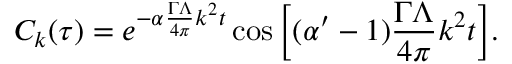
C _ { k } ( \tau ) = e ^ { - \alpha \frac { \Gamma \Lambda } { 4 \pi } k ^ { 2 } t } \cos { \left[ ( \alpha ^ { \prime } - 1 ) \frac { \Gamma \Lambda } { 4 \pi } k ^ { 2 } t \right] } .